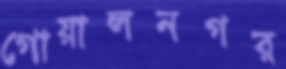
গোয়ালনগর